Civil Veterinary Department. United Provinces 1912-22 - 1912-1922
Year: 1912
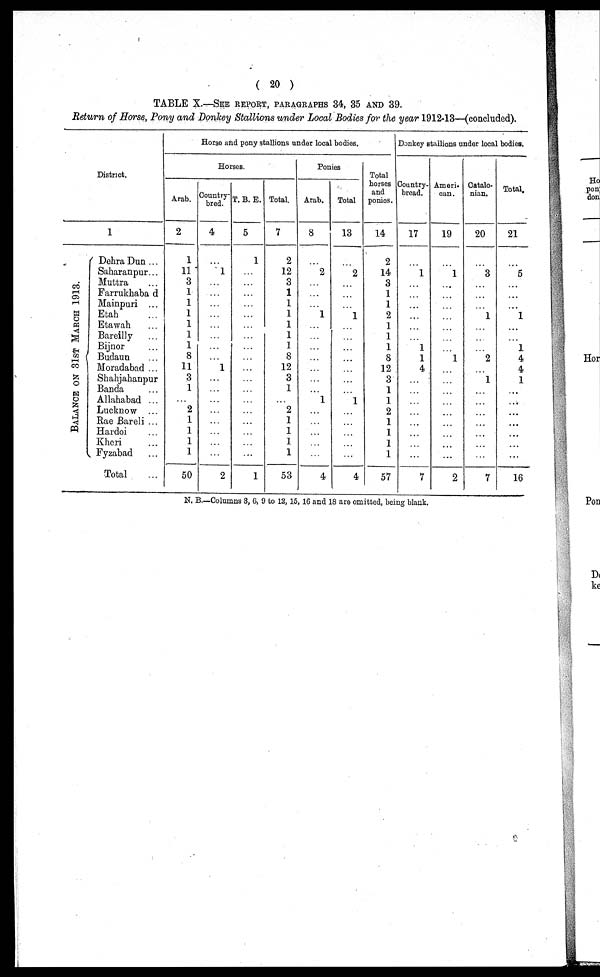
( 20 )
TABLE X.—SEE REPORT, PARAGRAPHS 34, 35 AND 39.
Return of Horse, Pony and Donkey Stallions under Local Bodies for the year 1912-13—(concluded).
District.
BALANCE ON 31ST MARCH 1913.
1
Dehra Dun ...
Saharanpur ...
Muttra ...
Farrukhabad
Mainpuri ...
Etah ...
Etawah ...
Bareilly ...
Bijnor ...
Budaun ...
Moradabad ...
Shahjahanpur ...
Banda ...
Allahabad ...
Lucknow ...
Rae Bareli ...
Hardoi ...
Kheri ...
Fyzabad ...
Total
Horse and pony stallions under local bodies.
Horses.
Arab.
2
1
11
3
1
1
1
1
1
1
8
11
3
1
2
1
1
1
1
50
Country-
bred.
4
...
1
...
...
...
...
...
...
...
1
...
...
...
...
...
...
...
...
2
T. B. E.
5
1
...
...
...
...
...
...
...
...
...
...
...
...
...
...
...
...
...
1
Total.
7
2
12
3
1
1
1
1
1
1
8
12
3
1
2
1
1
1
1
53
Ponies
Arab.
8
...
2
...
...
...
1
...
...
...
...
...
...
1
...
...
...
...
...
4
Total
13
...
2
...
...
...
1
...
...
...
...
...
...
1
...
...
...
...
...
4
Total
horses
and
ponies.
14
2
14
3
1
1
2
1
1
1
8
12
3
1
1
2
1
1
1
1
57
Donkey stallions under local bodies.
Country-
bread.
17
1
...
...
...
...
...
...
1
1
4
...
...
...
...
...
...
...
...
7
Ameri-
can.
19
...
1
...
...
...
...
...
...
...
1
...
...
...
...
...
...
...
...
...
2
Oatalo-
nian.
20
...
3
...
...
...
1
...
...
... 2
...
1
...
...
...
...
...
...
...
7
Total.
21
...
5
...
...
1
...
...
1
4
4
1
...
...
...
...
...
...
...
16
N. B.—Columns 3, 6, 9 to 12, 15, 16 and 18 are omitted, being blank.